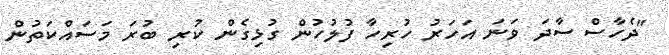
"ދެހާސް ސާދަ ވަނަ އަހަރު ހުރިހާ ފުލުހުން ގުޅިގެން ކުރި ބުރަ މަސައްކަތުން